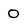
Character: 0